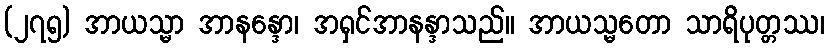
(၂၇၅) အာယသ္မာ အာနန္ဒော၊ အရှင်အာနန္ဒာသည်။ အာယသ္မတော သာရိပုတ္တဿ၊